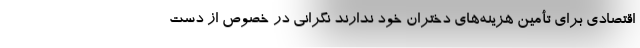
اقتصادی برای تأمین هزینه‌های دختران خود ندارند نگرانی در خصوص از دست